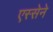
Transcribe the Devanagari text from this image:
एस्सेने